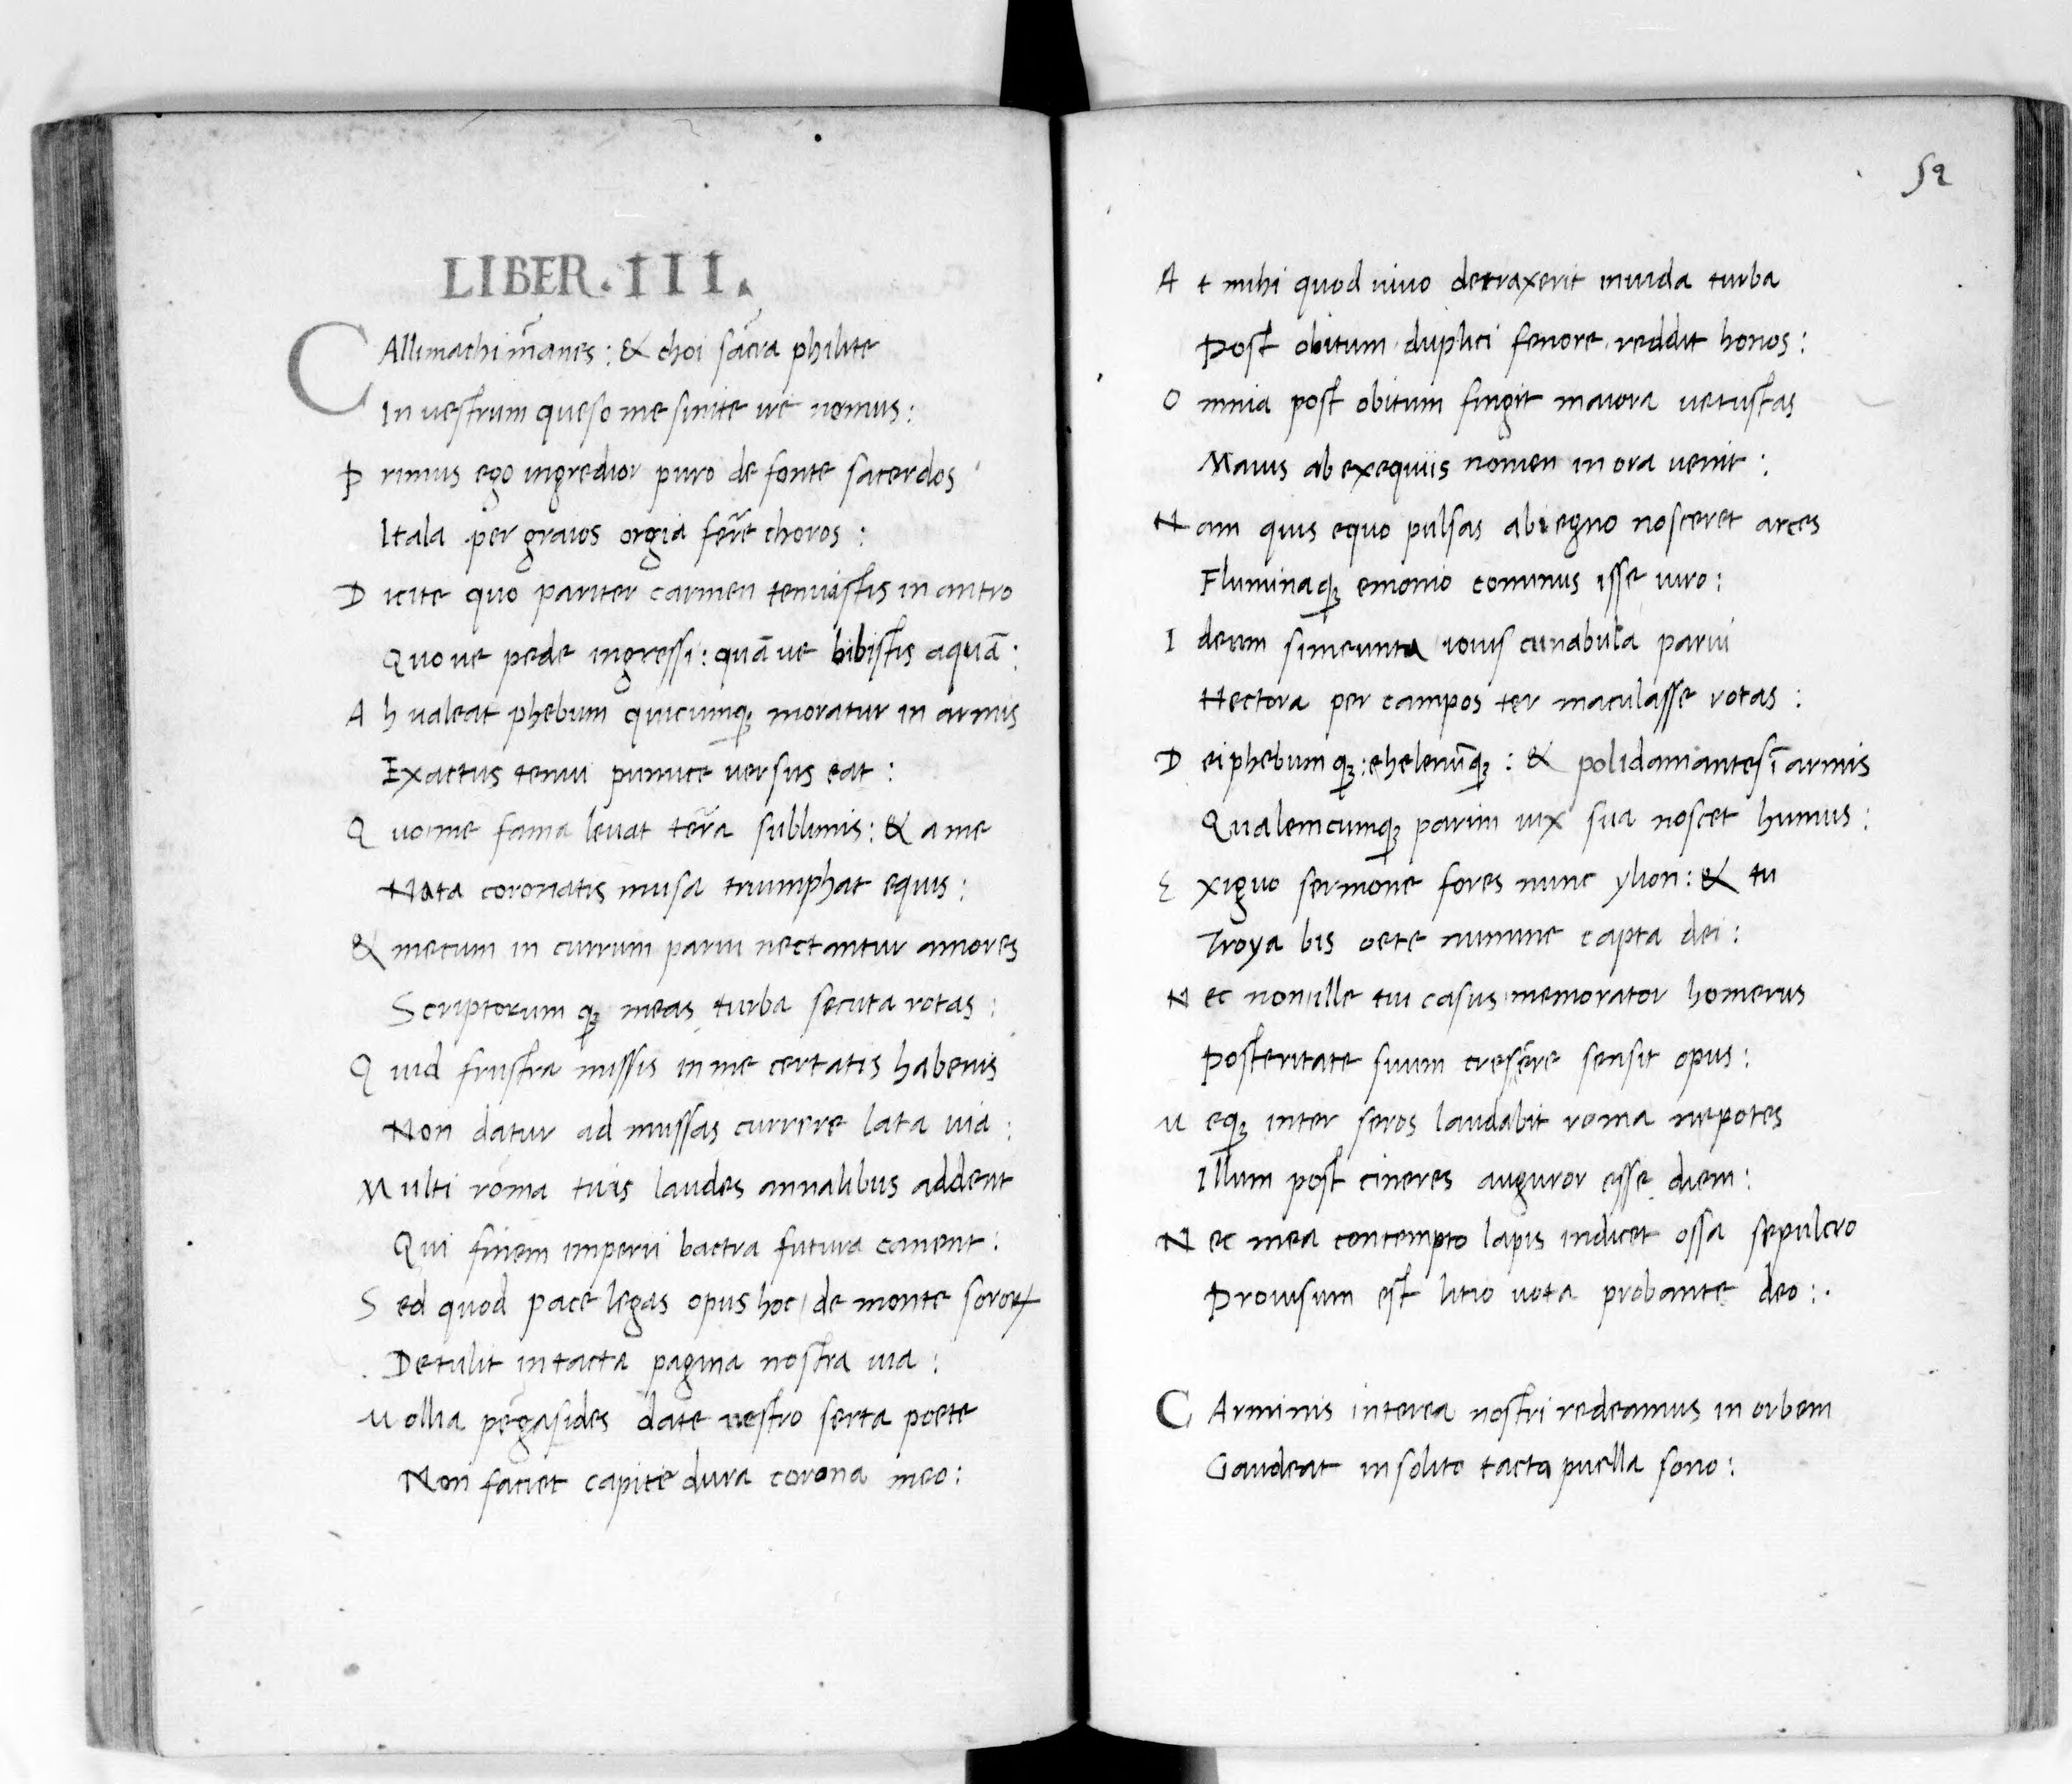
Shelfmark: Paris, BnF, lat. 8236
Century: 15